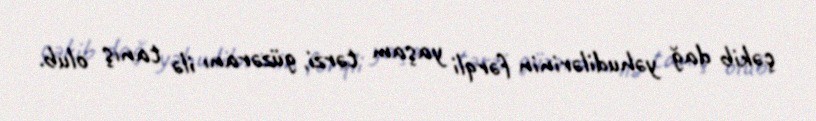
çəkib dağ yəhudilərinin fərqli yaşam tərzi, güzəranı ilə tanış olub.